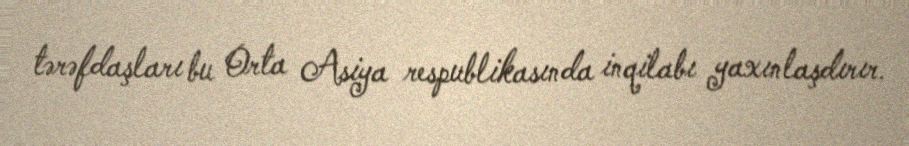
tərəfdaşları bu Orta Asiya respublikasında inqilabı yaxınlaşdırır.